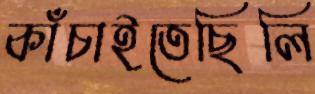
কাঁচাইতেছিলি